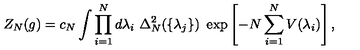
Z _ { N } ( g ) = c _ { N } \int \prod _ { i = 1 } ^ { N } d \lambda _ { i } \ \Delta _ { N } ^ { 2 } ( \{ \lambda _ { j } \} ) \ \exp \left[ - N \sum _ { i = 1 } ^ { N } V ( \lambda _ { i } ) \right] ,